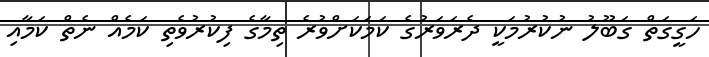
ހަގީގަތް ގަބޫލު ނުކުރުމަކީ ދެރަވަރުގެ ކަމަކަށްވުރެ ތިމާގެ ފިކުރުވެތި ކަމެއް ނެތް ކަމާއި